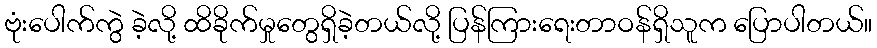
ဗုံးပေါက်ကွဲ ခဲ့လို့ ထိခိုက်မှုတွေရှိခဲ့တယ်လို့ ပြန်ကြားရေးတာဝန်ရှိသူက ပြောပါတယ်။